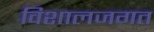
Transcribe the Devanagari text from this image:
विशालजगत